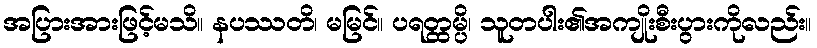
အပြားအားဖြင့်မသိ။ နပဿတိ၊ မမြင်။ ပရတ္ထမ္ပိ၊ သူတပါး၏အကျိုးစီးပွားကိုလည်း။